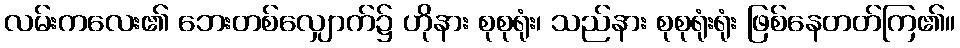
လမ်းကလေး၏ ဘေးတစ်လျှောက်၌ ဟိုနား စုစုရုံး၊ သည်နား စုစုရုံးရုံး ဖြစ်နေတတ်ကြ၏။